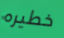
خطيره